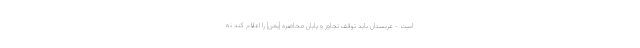
است - عربستان باید توقف تجاوز و پایان محاصره [یمن] را اعلام کند نه